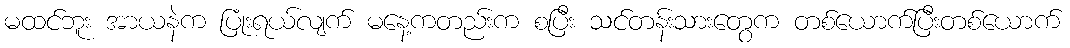
မထင်ဘူး အာယနဲက ပြုံးရယ်လျက် မနေ့ကတည်းက စပြီး သင်တန်းသားတွေက တစ်ယောက်ပြီးတစ်ယောက်